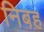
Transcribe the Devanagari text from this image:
निबह